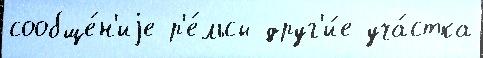
сообще́н'иjе р'е́льсы друг'и́е уча́стка